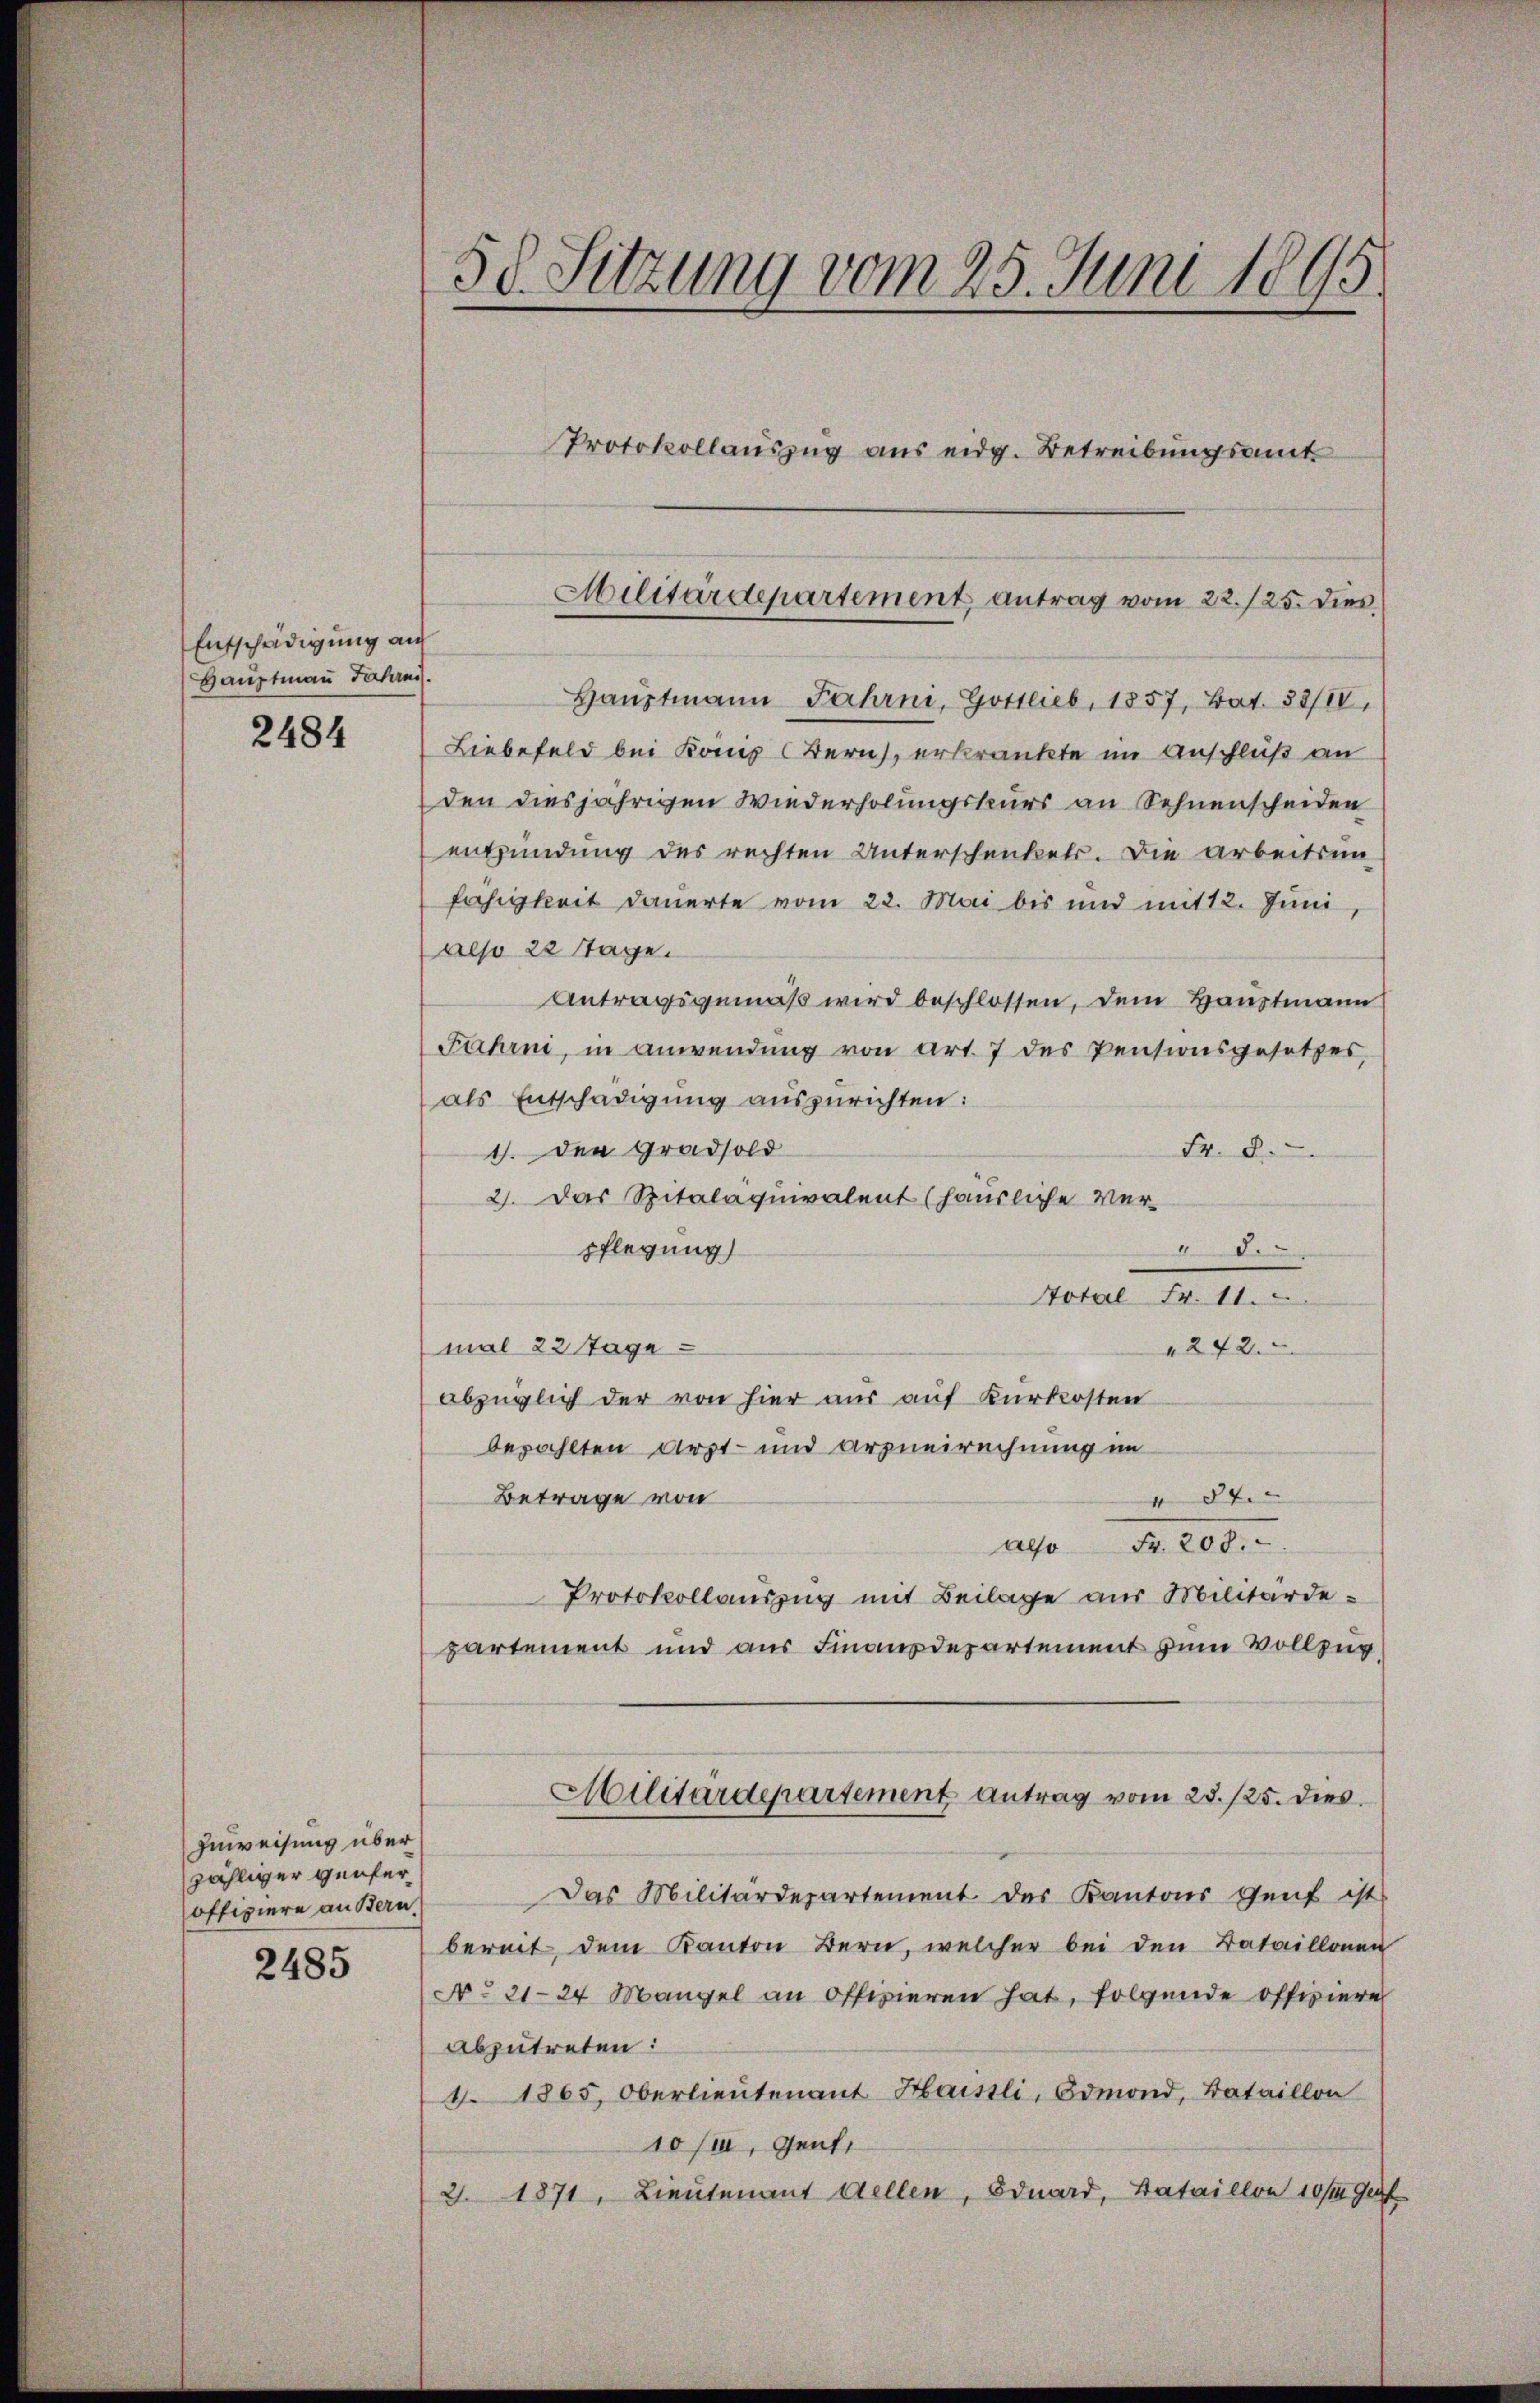
Entschädigung an
Hauptmann Jahrnis.

2484

Zuweisung über
zähliger Genferoffiziere an Bern.

2485

50. Sitzung vom 25. Juni 1895.
Protokollauszug aus eidg. Betreibungsamt

Haŭptmann Fahrni, Gottlieb, 1857, Bat. 33/18,
Liebefeld bei Konis (Bern, erkränkte im Anschluß an
den diesjährigen Wiederholungskurs an Sehnenscheiden
entzündung des rechten Unterschenkels. Die arbeitsun
fahigkeit dauerte vom 22. Mai bis und mit 12. Juni
also 22 Tage.
Antragsgemäß wird beschlossen, dem Hauptmann
Fahrni, in anwendung von Art. 7 des Ventionsgesetzes,
als Entschädigung auszurichten:
Fr. 8.
1. den Gradsold
2). Das Spitalaquivalent (häusliche Ver-
8.
pflegung
Hotal Fr. 11.
242.
mal 22 Tage
abzüglich der von hier aus auf Kurkosten
bezahlten Arzt- und Arzneirechnung im
 87.
Betrage von
ass. S. 200.
Protokollauszug mit Beilage aus Militärdepartement und aus Finanzdepartement zum Vollzug
Militärdepartement Antrag vom 23./25. dies
Das Militärdepartement des Kantons Genf ist
bereit, dem Kanton Bern, welcher bei den Bataillonen
No 21-24 Mangel an offizieren hat, folgende offiziere
abzutreten:
41865. Oberlieutenant Haistli, Admond, Bataillon
10/1, Gent.
2. 1871, Lieutenant dellen, Eduard, Bataillon 10/10 Gul

Militärdepartement antrag vom 22./25. dies